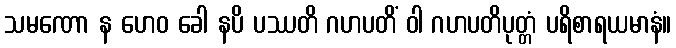
သမဏော န ဟေဝ ခေါ နပိ ပဿတိ ဂဟပတိံ ဝါ ဂဟပတိပုတ္တံ ပရိစာရယမာနံ။